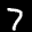
Label: 7